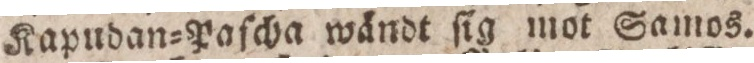
Kapudan=Paſcha wändt ſig mot Samos.